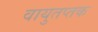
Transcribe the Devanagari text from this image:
वायुतप्तक